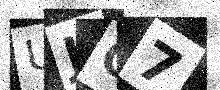
Text: UJO7